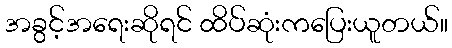
အခွင့်အရေးဆိုရင် ထိပ်ဆုံးကပြေးယူတယ်။